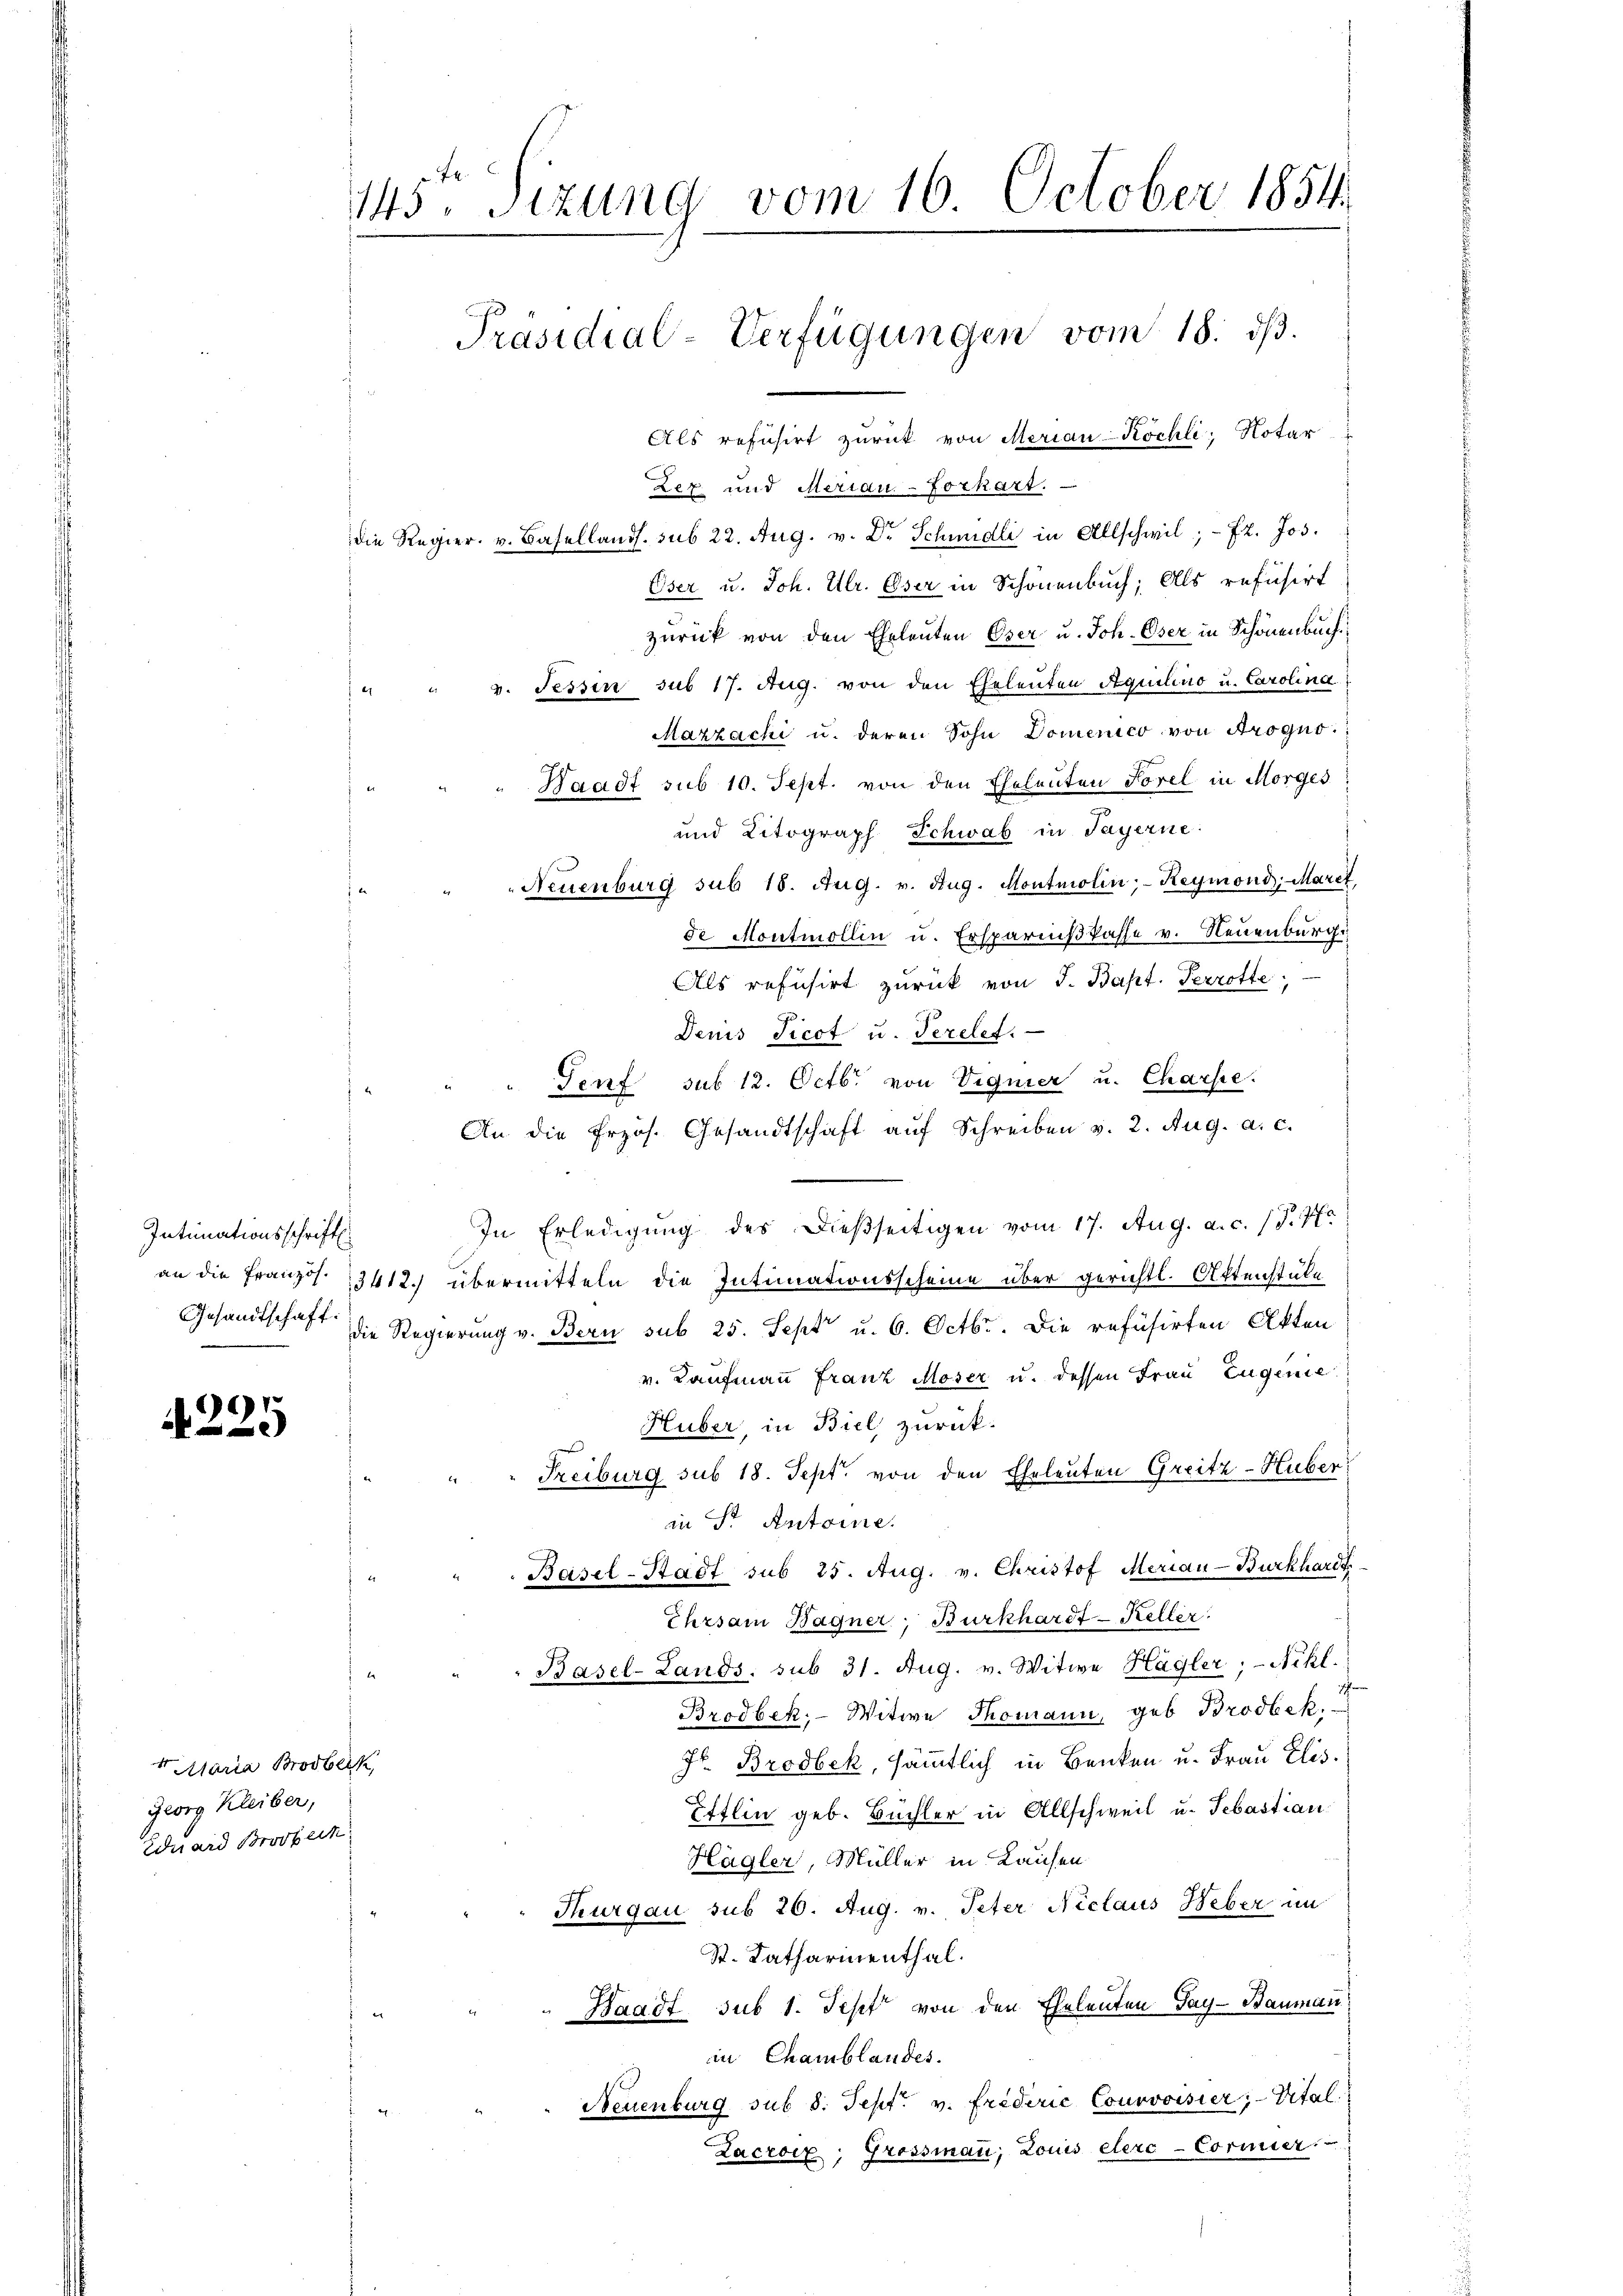
Intimationsschrift.
an die Französ. 3 f
Gesandtschaft.

4225

4 Maria Brodbeck,
Georg Kleiber,
Eduard Brodbeck

145. Sizung vom 16. October 1854.
Präsidial-Verfügungen vom 18. dβ.
Als refusirt zurück von Meriau-Köchli, Notar
Lez und Meriau-Forkart.
die Regier. v. Basellands. sub 22. Aug. v. Dr Schmidli in Allschwil; - 2. Jos.

Oser u. Joh. Ulr. Oser in Schönenbuch; als refusirt
zurück von den Eheleuten Oser u. Joh. Oser in Schönenbuch.
" " v. Tessin sub 17. Aug. von den Eheleuten Aquilino u. Carolina
Mazzachi u. deren Sohn Domenico von Arogno-
" " Waadt sub 10. Sept. von den Eheleuten Forel in Morges
und Litograph Schwab in Payerne:
Neuenburg sub 18. Aug. v. Aug. Montmolin; - Reymond: Maret
de Montmollin u. Ersparnißkasse v. Neuenburgi
Als refusirt zurück von J. Bapt. Perrotte
Denis Picot u. Terelet.
" " Genf sub 12. Octbr. von Vignier u. Charfe.
An die frzös. Gesandtschaft aŭf Schreiben v. 2. Aug. a. c.
In Erledigung des dießseitigen vom 17. Aug. a. c. 1 S. 77
412.) übermitteln die Intimationsscheine über gerichtl. Aktenstäle
" Regierung v. Bern sub 25. Sept u. 6. Octbr. Die refüsirten Akten
v. Kaufmann Franz Moser u. dessen Frau Eugenie
Huber, in Biel zurück.
" " Freiburg sub 18. Sept. von den Eheleuten Greitz-Huber
in S. Antoine.
Basel-Stadt sub 25. Aug. v. Christof Meriau-Burkhardt
Ehrsam Bagner, Burkhardt - Keller.
Basel-Lands. sub 31. Aug. v. Witwe Hagler, Nikl.
ich
Brodbek, - Witwe Thomann, geb. Brodbek.
Jr. Brodbek, sämmtlich in Benken u. Frau Elis.
Ettlin geb. Büchler in Allschweil u. Sebastian
Hägler, Müller in Laufen
Thurgau sub 20. Aug. v. Peter Niclaus Heber im
St. Katharinenthal.
Waadt sub 1. Sept von den Eheleuten Tag - Baumann
in Chamblandes.
Neuenburg sub 8. Sept. v. Friderić Courvoisier, Vital
Lacroix, Grossmann, Louis clerc-Cormier